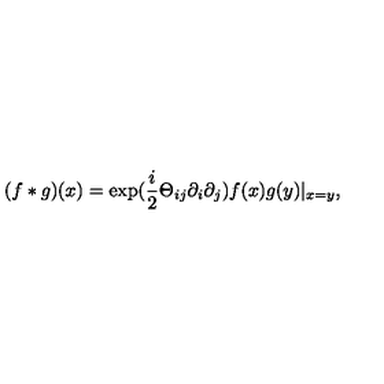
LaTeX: ( f * g ) ( x ) = \exp ( \frac { i } { 2 } \Theta _ { i j } \partial _ { i } \partial _ { j } ) f ( x ) g ( y ) | _ { x = y } ,